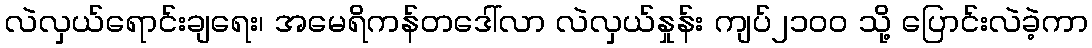
လဲလှယ်ရောင်းချရေး၊ အမေရိကန်တဒေါ်လာ လဲလှယ်နှုန်း ကျပ်၂၁၀၀ သို့ ပြောင်းလဲခဲ့ကာ